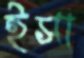
ইসা